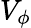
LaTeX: V_{\phi}